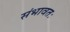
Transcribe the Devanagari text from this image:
संभावतः